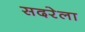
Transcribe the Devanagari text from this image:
सदरेला